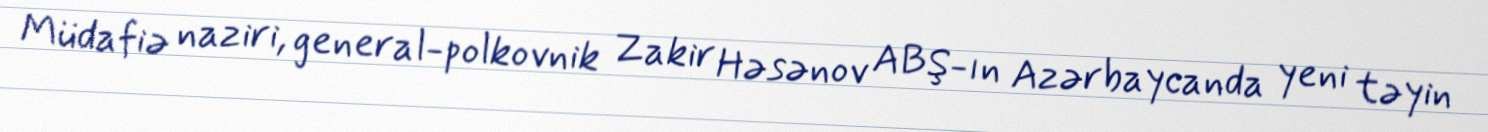
Müdafiə naziri, general-polkovnik Zakir Həsənov ABŞ-ın Azərbaycanda yeni təyin